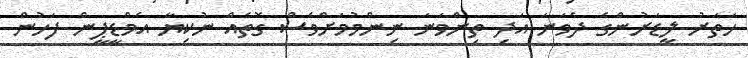
ހަތަރު ލީޑަރުންގެ ދެވަނަ އަދި ތިންވަނަ ނިންމުމަށްވެސް ގޮތެއް ނުކިޔާ އެމްޑީޕީން ފަހުން